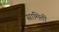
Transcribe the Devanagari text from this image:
सामिती